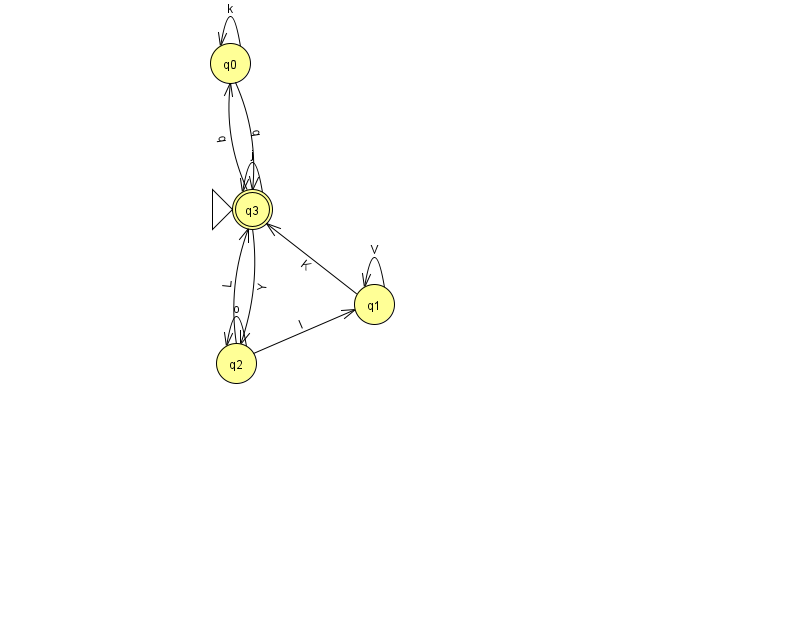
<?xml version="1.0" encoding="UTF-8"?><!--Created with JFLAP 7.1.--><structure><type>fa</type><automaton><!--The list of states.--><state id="0" name="q0"><x>230.0</x><y>50.0</y></state><state id="1" name="q1"><x>374.0</x><y>291.0</y></state><state id="2" name="q2"><x>236.0</x><y>350.0</y></state><state id="3" name="q3"><x>252.0</x><y>196.0</y><initial/><final/></state><!--The list of transitions.--><transition><from>2</from><to>3</to><read>L</read></transition><transition><from>1</from><to>3</to><read>K</read></transition><transition><from>3</from><to>2</to><read>Y</read></transition><transition><from>1</from><to>1</to><read>V</read></transition><transition><from>3</from><to>3</to><read>j</read></transition><transition><from>0</from><to>0</to><read>k</read></transition><transition><from>0</from><to>3</to><read>q</read></transition><transition><from>2</from><to>1</to><read>l</read></transition><transition><from>3</from><to>0</to><read>q</read></transition><transition><from>2</from><to>2</to><read>o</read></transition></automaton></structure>